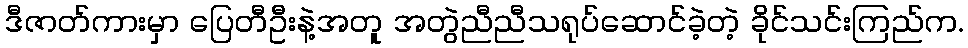
ဒီဇာတ်ကားမှာ ပြေတီဦးနဲ့အတူ အတွဲညီညီသရုပ်ဆောင်ခဲ့တဲ့ ခိုင်သင်းကြည်က.